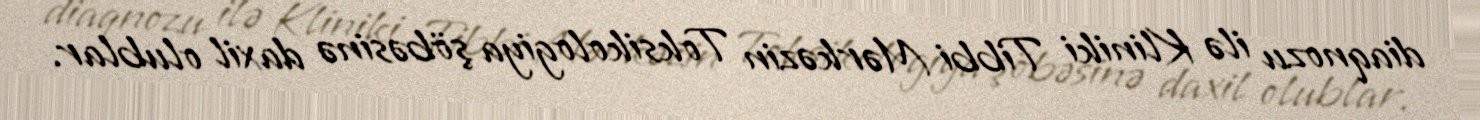
diaqnozu ilə Kliniki Tibbi Mərkəzin Toksikologiya şöbəsinə daxil olublar.